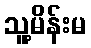
သူ့မိန်းမ